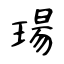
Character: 瑒